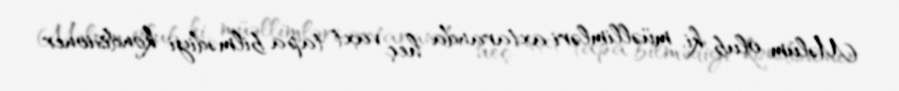
Məlum olub ki, müəllimləri axtaranda heç vaxt tapa bilmədiyi kondisioner